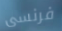
فرنسى